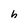
Character: h